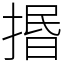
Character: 㨉